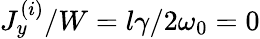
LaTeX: J_{y}^{(i)}/W=l\gamma/2\omega_{0}=0